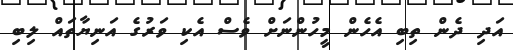
އަދި ދެން ތިބި އެހެން މީހުންނަށް ވެސް އެކި ވަރުގެ އަނިޔާތައް ލިބި